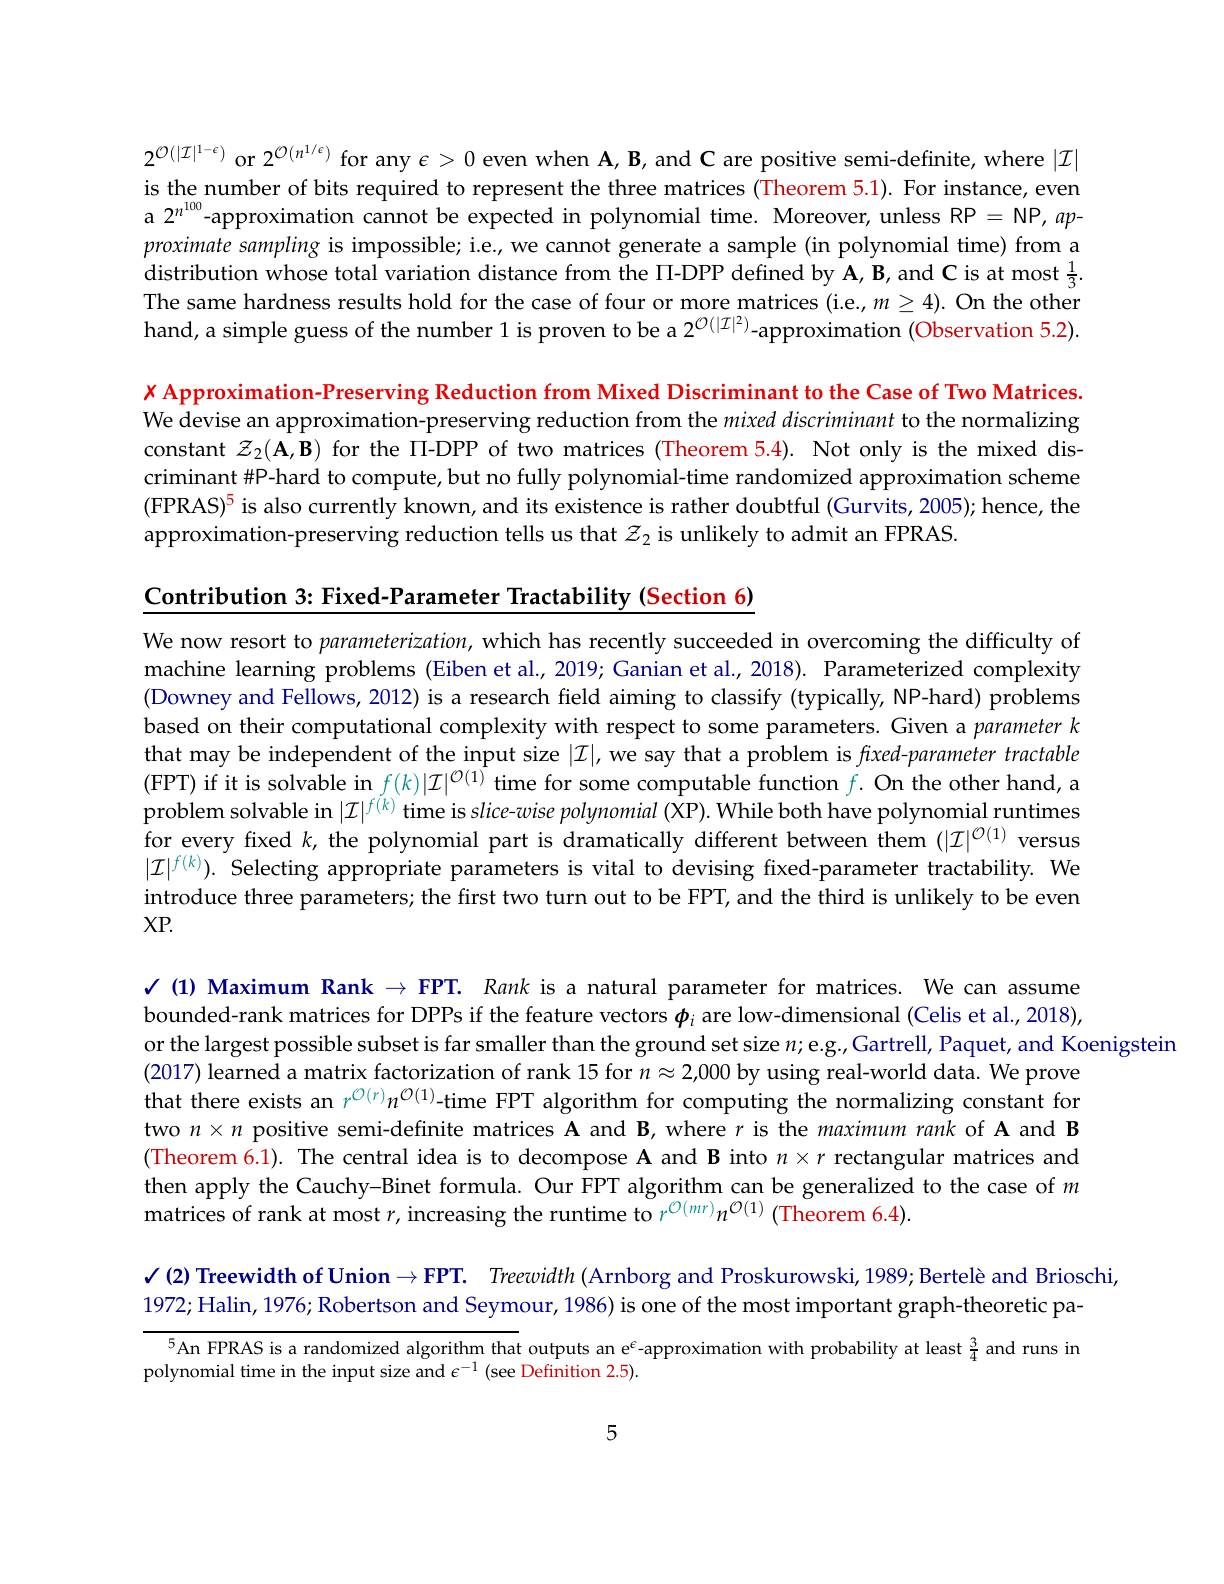
$2^{\mathcal{O}(|\mathcal{I}|^{1-\epsilon})}$ or $2^{\mathcal{O}(n^{1/\varepsilon})}$ for any $\epsilon>0$ even when A, B, and C are positive semi-definite, where $|\mathcal{I}|$ is the number of bits required to represent the three matrices (Theorem 5.1). For instance, even a $2^{n^{100}}$-approximation cannot be expected in polynomial time. Moreover, unless RP = NP, $ap$- proximate sampling is impossible; i.e., we cannot generate a sample (in polynomial time) from a distribution whose total variation distance from the П-DPP defined by A, B, and C is at most $\frac{1}{3}.$ The same hardness results hold for the case of four or more matrices (i.e, $m\geq4).$ On the other hand, a simple guess of the number 1 is proven to be a 2$^{\mathcal{O}(|\mathcal{I}|^2)}$-approximation (Observation 5.2).

$x$ Approximation-Preserving Reduction from Mixed Discriminant to the Case of Two Matrices. We devise an approximation-preserving reduction from the $mixed\textit{discriminant to the normalizing}$ constant $\mathcal{Z}_2(\mathbf{A},\mathbf{B})$ for the П-DPP of two matrices (Theorem 5.4). Not only is the mixed discriminant #P-hard to compute, but no fully polynomial-time randomized approximation scheme (FPRAS)$^5$ is also currently known, and its existence is rather doubtful (Gurvits, 2005); hence, the approximation-preserving reduction tells us that $z_2$ is unlikely to admit an FPRAS.

Contribution 3: Fixed-Parameter Tractability (Section 6)

We now resort to parameterization, which has recently succeeded in overcoming the difficulty of machine learning problems (Eiben et al.,2019; Ganian et al.,2018). Parameterized complexity (Downey and Fellows, 2012) is a research field aiming to classify (typically, NP-hard) problems based on their computational complexity with respect to some parameters. Given a parameter k that may be independent of the input size $|\mathcal{I}|$, we say that a problem is $fixed-parameter$ tractable (FPT) if it is solvable in $f(k)|\mathcal{I}|^{\mathcal{O}(1)}$ time for some computable function $f.$ On the other hand, a problem solvable in $|\mathcal{I}|^f(k)$ time is slice-wise polynomial ($\dot\text{XP).While both have polynomial runtimes}$ for every fixed $k$, the polynomial part is dramatically different between them $(|\mathcal{I}|^{\mathcal{O}(1)}$ versus $|\mathcal{I}|^{f(k)}).$ Selecting appropriate parameters is vital to devising fixed-parameter tractability. We introduce three parameters; the first two turn out to be FPT, and the third is unlikely to be even XP.

$\checkmark$ (1) Maximum Rank $\to \textbf{FPT. }$ Rank is a natural parameter for matrices. We can assume bounded-rank matrices for DPPs if the feature vectors $\boldsymbol{\phi}_i$ are low-dimensional (Celis et al., 2018), or the largest possible subset is far smaller than the ground set size $n;$e.g.,Gartrell, Paquet, and Koenigstein
(2017) learned a matrix factorization of rank 15 for $n\approx2,000$ by using real-world data. We prove that there exists an $r^{\mathcal{O}(r)}n^{\mathcal{O}(1)}$-time FPT algorithm for computing the normalizing constant for two $n\times n$ positive semi-definite matrices A and B, where $r$ is the maximum rank of A and B (Theorem 6.1). The central idea is to decompose A and B into $n\times r$ rectangular matrices and then apply the Cauchy-Binet formula. Our FPT algorithm can be generalized to the case of $m$ matrices of rank at most $r$,increasing the runtime to $r^{\mathcal{O}(mr)}n^{\mathcal{O}(1)}$ (Theorem 6.4).

$\checkmark$ (2) Treewidth of Union$\to \mathbf{FPT}.$ $\textit{Treewidth ( Arnborg and Proskurowski, 1989; Bertel\` {e} andBrioschi, }$
1972; Halin, 1976; Robertson and Seymour, 1986) is one of the most important graph-theoretic pa-

$^{5}$An FPRAS is a randomized algorithm that outputs an e$^\mathrm{\varepsilon}$-approximation with probability at least $\frac{3}{4}$ and runs in

polynomial time in the input size and $\epsilon^-1$ (see Definition 2.5).

5